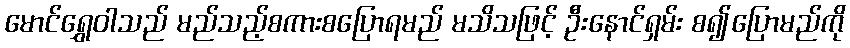
မောင်ရွှေဝါသည် မည်သည့်စကားစပြောရမည် မသိသဖြင့် ဦးနောင်ရှမ်း စ၍ပြောမည်ကို